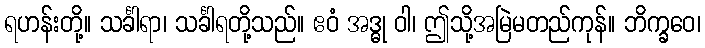
ရဟန်းတို့။ သင်္ခါရာ၊ သင်္ခါရတို့သည်။ ဧဝံ အဒ္ဓု ဝါ၊ ဤသို့အမြဲမတည်ကုန်။ ဘိက္ခဝေ၊